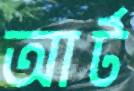
আর্ট